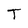
Character: T